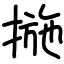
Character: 揓